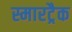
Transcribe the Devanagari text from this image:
स्मारट्रैक